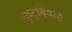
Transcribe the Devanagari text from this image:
कुटुबियांचे